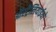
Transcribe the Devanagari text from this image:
ऑस्ट्रैलियाईयो